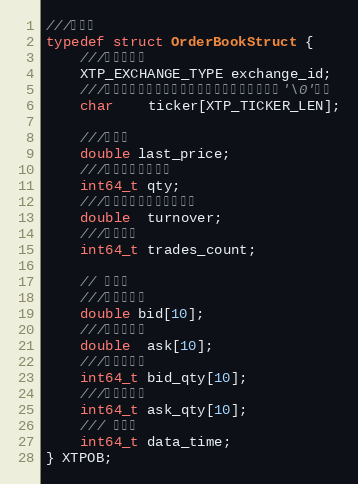
Language: C
///定单薄
typedef struct OrderBookStruct {
    ///交易所代码
    XTP_EXCHANGE_TYPE exchange_id;
    ///合约代码（不包含交易所信息），不带空格，以'\0'结尾
    char    ticker[XTP_TICKER_LEN];

    ///最新价
    double last_price;
    ///数量，为总成交量
    int64_t qty;
    ///成交金额，为总成交金额
    double  turnover;
    ///成交笔数
    int64_t trades_count;

    // 买卖盘
    ///十档申买价
    double bid[10];
    ///十档申卖价
    double  ask[10];
    ///十档申买量
    int64_t bid_qty[10];
    ///十档申卖量
    int64_t ask_qty[10];
    /// 时间类
    int64_t data_time;
} XTPOB;